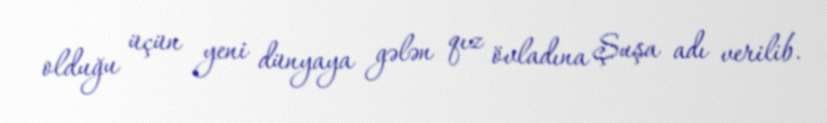
olduğu üçün yeni dünyaya gələn qız övladına Şuşa adı verilib.